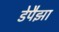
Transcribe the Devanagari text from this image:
डेपैझा